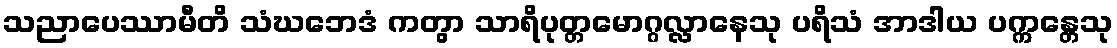
သညာပေဿာမီတိ သံဃဘေဒံ ကတွာ သာရိပုတ္တမောဂ္ဂလ္လာနေသု ပရိသံ အာဒါယ ပက္ကန္တေသု